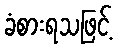
ခံစားရသဖြင့်